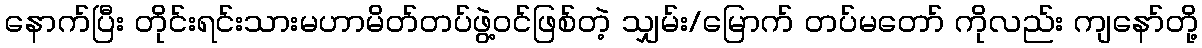
နောက်ပြီး တိုင်းရင်းသားမဟာမိတ်တပ်ဖွဲ့ဝင်ဖြစ်တဲ့ သျှမ်း/မြောက် တပ်မတော် ကိုလည်း ကျနော်တို့